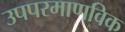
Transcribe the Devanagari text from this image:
उपपरमाणविक